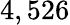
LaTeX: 4,526